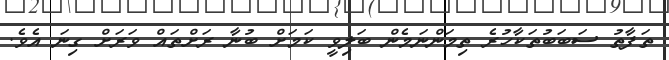
ތަފާތު ސަބަބުތަކާހުރެ ތިމަންނަމެން ބަލިވީ ކަމަށް ބުނާ ރަށްތައް ވަރަށް ގިނަ އެވެ.